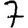
Digit: 7